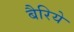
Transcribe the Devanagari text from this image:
बैरिये